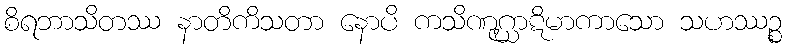
စိရဘာသိတဿ နာတိကိသတာ နောပိ ကသိဏုဂ္ဃာဋိမာကာသော သဟဿဉ္စ